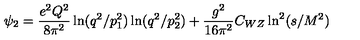
\psi _ { 2 } = \frac { e ^ { 2 } Q ^ { 2 } } { 8 \pi ^ { 2 } } \ln ( q ^ { 2 } / p _ { 1 } ^ { 2 } ) \ln ( q ^ { 2 } / p _ { 2 } ^ { 2 } ) + \frac { g ^ { 2 } } { 1 6 \pi ^ { 2 } } C _ { W Z } \ln ^ { 2 } ( s / M ^ { 2 } ) ~